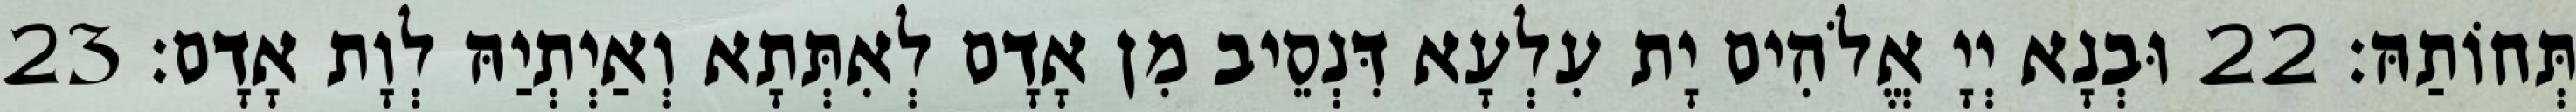
תְּחוֹתַהּ׃ 22 וּבְנָא יְיָ אֱלֹהִים יָת עִלְעָא דִּנְסֵיב מִן אָדָם לְאִתְּתָא וְאַיְתְיַהּ לְוָת אָדָם׃ 23